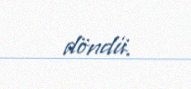
döndü.